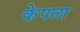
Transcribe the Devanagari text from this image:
केपला